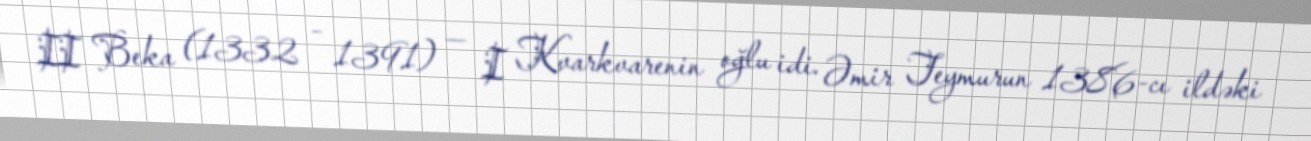
II Beka (1332 – 1391) — I Kvarkvarenin oğlu idi. Əmir Teymurun 1386-cı ildəki